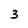
Character: 3